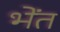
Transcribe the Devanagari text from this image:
भेंत